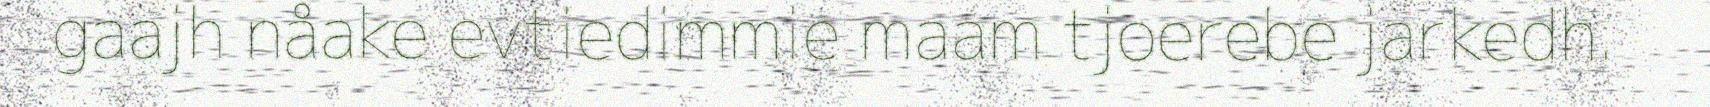
gaajh nåake evtiedimmie maam tjoerebe jarkedh.